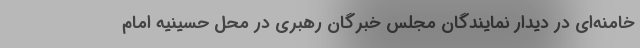
خامنه‌ای در دیدار نمایندگان مجلس خبرگان رهبری در محل حسینیه‌ امام